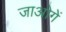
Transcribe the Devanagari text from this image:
जाओगें